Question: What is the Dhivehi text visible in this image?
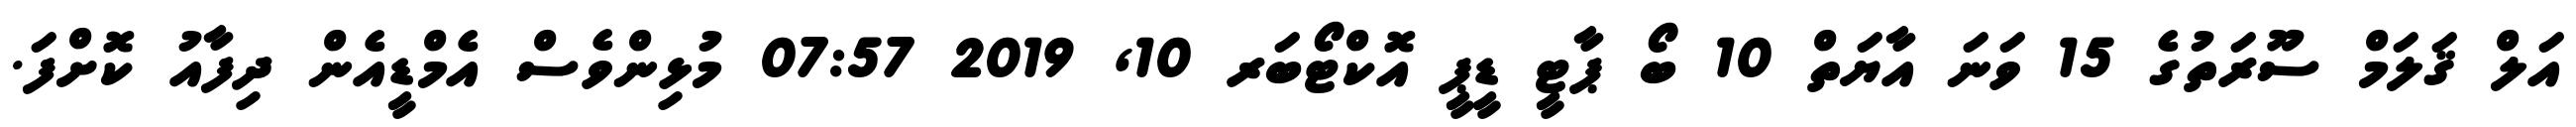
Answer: އަލް ޤަލަމް ސޫރަތުގެ 15 ވަނަ އާޔަތް 10 ބޯ ޕާޓީ ޑީޕީ އޮކްޓޯބަރ 10, 2019 07:57 މުޅިންވެސް އެމްޑީއެން ދިފާއު ކޮށްފަ.